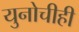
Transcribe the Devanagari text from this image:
युनोचीही